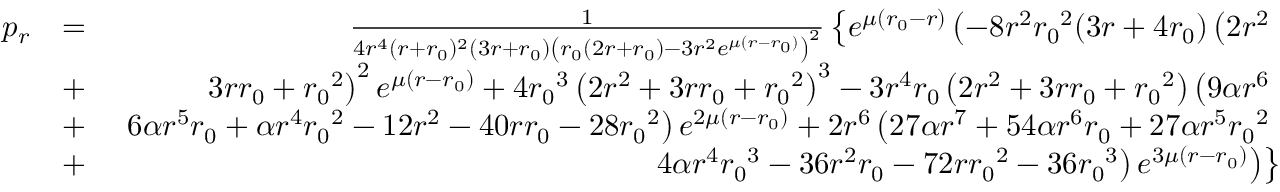
\begin{array} { r l r } { p _ { r } } & { = } & { \frac { 1 } { 4 r ^ { 4 } ( r + { r _ { 0 } } ) ^ { 2 } ( 3 r + { r _ { 0 } } ) \left( { r _ { 0 } } ( 2 r + { r _ { 0 } } ) - 3 r ^ { 2 } e ^ { \mu ( r - { r _ { 0 } } ) } \right) ^ { 2 } } \left\lbrace e ^ { \mu ( { r _ { 0 } } - r ) } \left( - 8 r ^ { 2 } { r _ { 0 } } ^ { 2 } ( 3 r + 4 { r _ { 0 } } ) \left( 2 r ^ { 2 } \right. \right. \right. } \\ & { + } & { \left. \left. \left. 3 r { r _ { 0 } } + { r _ { 0 } } ^ { 2 } \right) ^ { 2 } e ^ { \mu ( r - { r _ { 0 } } ) } + 4 { r _ { 0 } } ^ { 3 } \left( 2 r ^ { 2 } + 3 r { r _ { 0 } } + { r _ { 0 } } ^ { 2 } \right) ^ { 3 } - 3 r ^ { 4 } { r _ { 0 } } \left( 2 r ^ { 2 } + 3 r { r _ { 0 } } + { r _ { 0 } } ^ { 2 } \right) \left( 9 \alpha r ^ { 6 } \right. \right. \right. } \\ & { + } & { \left. \left. \left. 6 \alpha r ^ { 5 } { r _ { 0 } } + \alpha r ^ { 4 } { r _ { 0 } } ^ { 2 } - 1 2 r ^ { 2 } - 4 0 r { r _ { 0 } } - 2 8 { r _ { 0 } } ^ { 2 } \right) e ^ { 2 \mu ( r - { r _ { 0 } } ) } + 2 r ^ { 6 } \left( 2 7 \alpha r ^ { 7 } + 5 4 \alpha r ^ { 6 } { r _ { 0 } } + 2 7 \alpha r ^ { 5 } { r _ { 0 } } ^ { 2 } \right. \right. \right. } \\ & { + } & { \left. \left. \left. 4 \alpha r ^ { 4 } { r _ { 0 } } ^ { 3 } - 3 6 r ^ { 2 } { r _ { 0 } } - 7 2 r { r _ { 0 } } ^ { 2 } - 3 6 { r _ { 0 } } ^ { 3 } \right) e ^ { 3 \mu ( r - { r _ { 0 } } ) } \right) \right\rbrace } \end{array}